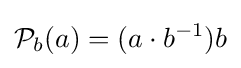
{\mathcal {P}}_{b}(a)=(a\cdot b^{-1})b